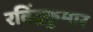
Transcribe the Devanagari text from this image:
रविंद्रकुमार